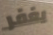
يغفر